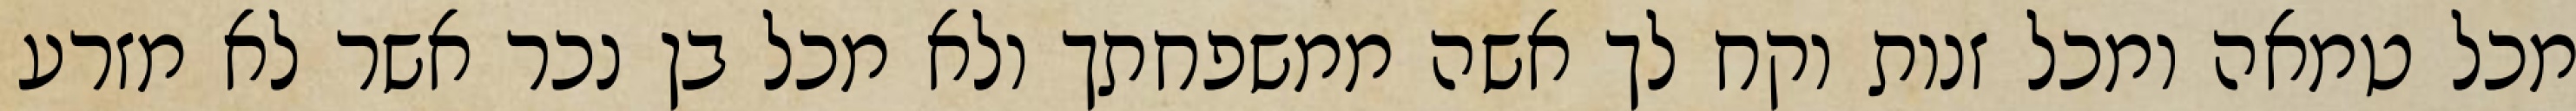
מכל טמאה ומכל זנות וקח לך אשה ממשפחתך ולא מכל בן נכר אשר לא מזרע